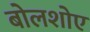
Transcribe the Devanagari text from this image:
बोलशोए